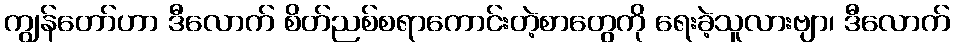
ကျွန်တော်ဟာ ဒီလောက် စိတ်ညစ်စရာကောင်းတဲ့စာတွေကို ရေးခဲ့သူလားဗျာ၊ ဒီလောက်